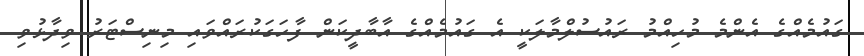
ގައުމެއްގެ އެންމެ މުހިއްމު ރައުސުލްމާލަކީ އެ ގައުމެއްގެ އާބާދީކަން ފާހަގަކުރައްވައި މިނިސްޓަރު ވިދާޅުވި